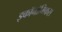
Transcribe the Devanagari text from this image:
इकॉनॉमिकस